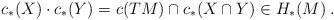
LaTeX: \begin{align*} c_*(X) \cdot c_*(Y) = c(TM)\cap c_*(X\cap Y) \in H_*(M)\:. \end{align*}